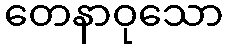
တေနာဝုသော